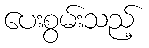
ပေးစွမ်းသည့်